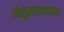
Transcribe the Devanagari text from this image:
नेतृत्वपदापर्यंत